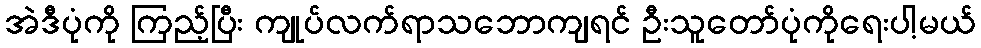
အဲဒီပုံကို ကြည့်ပြီး ကျုပ်လက်ရာသဘောကျရင် ဦးသူတော်ပုံကိုရေးပါ့မယ်